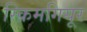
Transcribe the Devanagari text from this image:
स्क्रिमगियूर